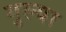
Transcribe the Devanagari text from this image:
गुल्या